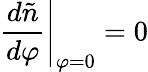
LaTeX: \left.\frac{d\tilde{n}}{d\varphi}\right|_{\varphi=0}=0